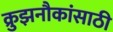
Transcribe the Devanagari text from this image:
क्रुझनौकांसाठी